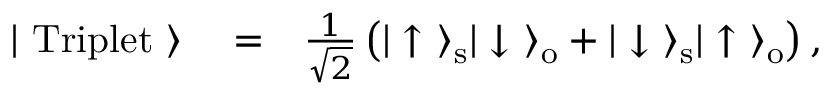
\begin{array} { r l r } { | \ \mathrm { T r i p l e t } \ \rangle } & { { } = } & { \frac { 1 } { \sqrt { 2 } } \left( | \uparrow \ \rangle _ { \mathrm { s } } | \downarrow \ \rangle _ { \mathrm { o } } + | \downarrow \ \rangle _ { \mathrm { s } } | \uparrow \ \rangle _ { \mathrm { o } } \right) , } \end{array}